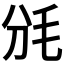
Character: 𣬩